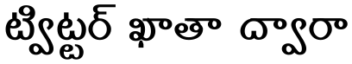
ట్విట్టర్ ఖాతా ద్వారా